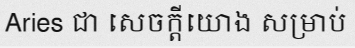
Aries ជា សេចក្តីយោង សម្រាប់